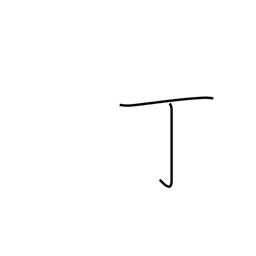
Meaning: counter for guns, tools, leaves or cakes of something